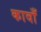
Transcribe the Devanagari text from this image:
कावाँ